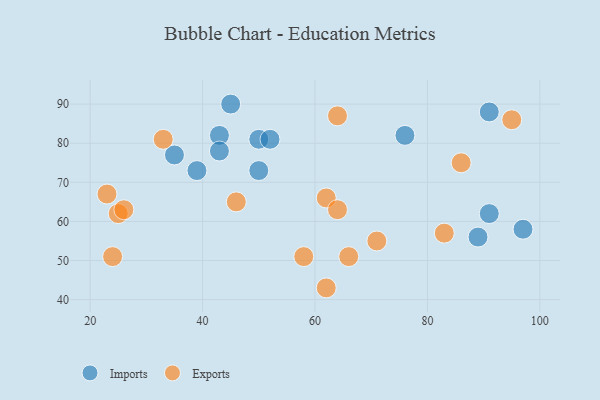
{"axis": {"x": "GDP", "y": "Life Expectancy"}, "legend": ["Exports", "Imports"], "data": [{"x": "50", "y": 81, "type": "Imports"}, {"x": "91", "y": 62, "type": "Imports"}, {"x": "35", "y": 77, "type": "Imports"}, {"x": "76", "y": 82, "type": "Imports"}, {"x": "97", "y": 58, "type": "Imports"}, {"x": "45", "y": 90, "type": "Imports"}, {"x": "43", "y": 82, "type": "Imports"}, {"x": "91", "y": 88, "type": "Imports"}, {"x": "39", "y": 73, "type": "Imports"}, {"x": "89", "y": 56, "type": "Imports"}, {"x": "52", "y": 81, "type": "Imports"}, {"x": "50", "y": 73, "type": "Imports"}, {"x": "43", "y": 78, "type": "Imports"}, {"x": "23", "y": 67, "type": "Exports"}, {"x": "95", "y": 86, "type": "Exports"}, {"x": "62", "y": 66, "type": "Exports"}, {"x": "46", "y": 65, "type": "Exports"}, {"x": "62", "y": 43, "type": "Exports"}, {"x": "33", "y": 81, "type": "Exports"}, {"x": "58", "y": 51, "type": "Exports"}, {"x": "71", "y": 55, "type": "Exports"}, {"x": "83", "y": 57, "type": "Exports"}, {"x": "25", "y": 62, "type": "Exports"}, {"x": "26", "y": 63, "type": "Exports"}, {"x": "64", "y": 63, "type": "Exports"}, {"x": "86", "y": 75, "type": "Exports"}, {"x": "24", "y": 51, "type": "Exports"}, {"x": "66", "y": 51, "type": "Exports"}, {"x": "64", "y": 87, "type": "Exports"}]}